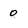
Character: 0